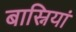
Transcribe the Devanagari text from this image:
बास्नियां